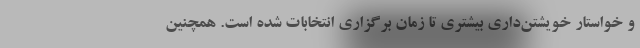
و خواستار خویشتن‌داری بیشتری تا زمان برگزاری انتخابات شده است. همچنین